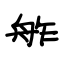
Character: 舴